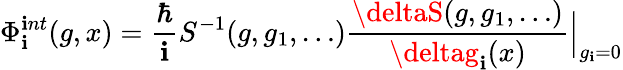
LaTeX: \Phi_{\mathbf{i}}^{\mathbf{i}nt}(g,x)={\frac{{\hbar}}{{\mathbf{i}}}}S^{-1}(g,g_{1},\ldots)\frac{{\deltaS(g,g_{1},\ldots)}}{{\deltag_{\mathbf{i}}(x)}}\Big|_{g_{\mathbf{i}}=0}